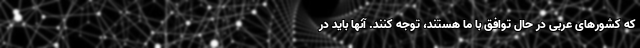
که کشورهای عربی در حال توافق با ما هستند، توجه کنند. آنها باید در